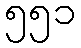
၅၅၁